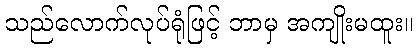
သည်လောက်လုပ်ရုံဖြင့် ဘာမှ အကျိုးမထူး။